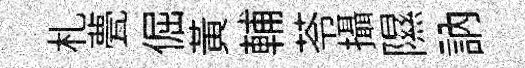
札甍倔黄輔苓攝隰訥